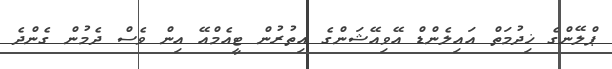
ޕްލޭންގެ ޚިދުމަތް އައިލެންޑް އޭވިއޭޝަންގެ އިތުރުން ޓީއެމްއޭ އިން ވެސް ދެމުން ގެންދެ